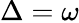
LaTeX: \Delta=\omega